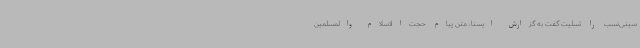
سینی‌نسب را تسلیت گفت به گزارش ایسنا، متن پیام حجت‌الاسلام والمسلمین